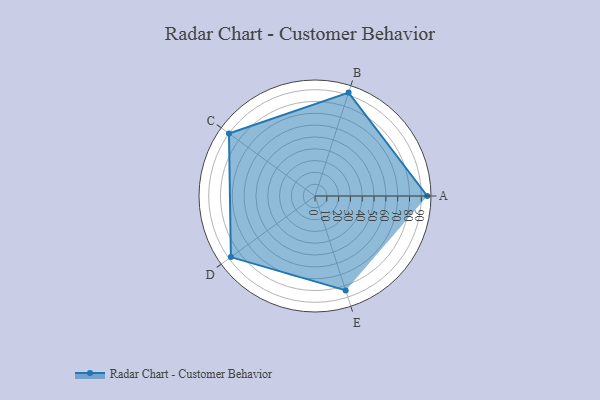
{"axis": {"x": "Skill", "y": "Score"}, "legend": ["Profile"], "data": [{"x": "A", "y": 95.0, "type": "Profile"}, {"x": "B", "y": 92.0, "type": "Profile"}, {"x": "C", "y": 90.0, "type": "Profile"}, {"x": "D", "y": 88.0, "type": "Profile"}, {"x": "E", "y": 84.0, "type": "Profile"}]}